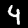
Label: 4